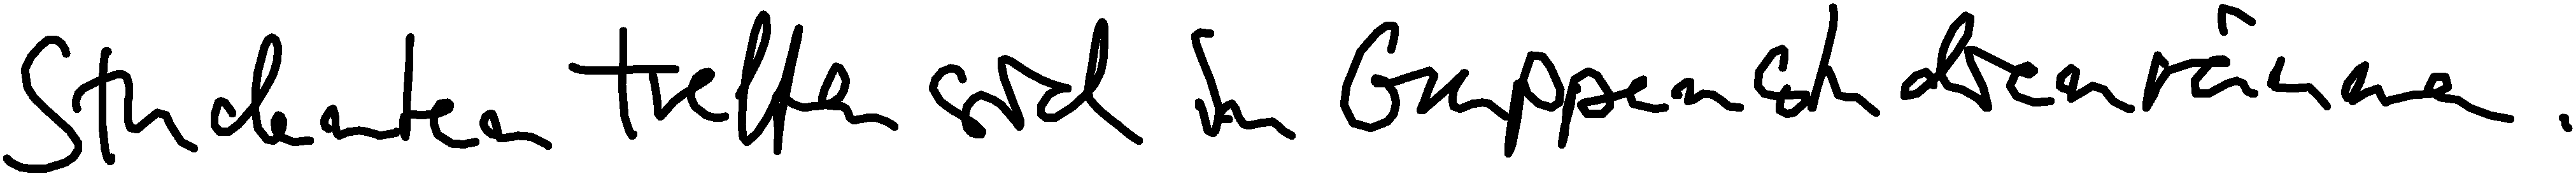
Studenten treffen sich in Gruppenstudienräumen.